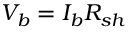
V _ { b } = I _ { b } R _ { s h }